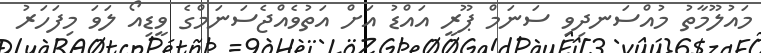
މައުލޫމާތު މުއްސަނދިވި ސަނަމް ޕޫރީ އައްޑު އަށް އަތުވެއްޖެސަނަމްގެ ވީޑިއޯ ލަވަ މިފަހަރު